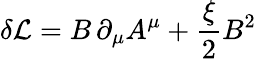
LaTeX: \delta{\mathcal{L}}=B\, \partial_{\mu}A^{\mu}+{\frac{\xi}{2}}B^{2}